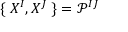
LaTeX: \{ \; X ^ { I } , X ^ { J } \; \} = \mathcal { P } ^ { I J }